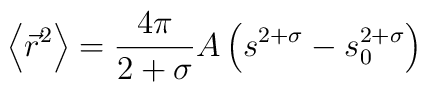
\left\langle {\vec r^2} \right\rangle=\frac{4 \pi}{2+\sigma}  A \left(s^{2 + \sigma} -s_0^{2+\sigma}\right)